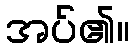
အပ်၏။